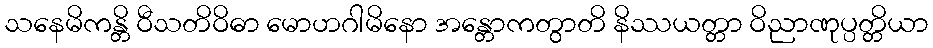
သနေမိကန္တိ ဝီသတိဝိဓာ မောဟဂါမိနော အန္တောကတွာတိ နိဿယတ္တာ ဝိညာဏုပ္ပတ္တိယာ